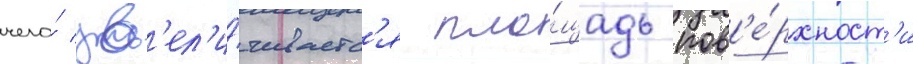
чего́ ув'ел'и́чиваетс'я пло́щадь пов'е́рхност'и